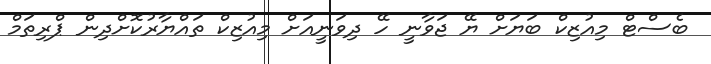
ބެސްޓް މިއުޒިކް ބަޔަށް ޔޭ ޖަވާނީ ހޭ ދިވަނީއަށް މިއުޒިކް ތައްޔާރުކޮށްދިން ޕްރިތަމް